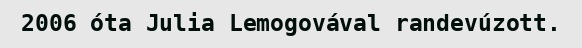
2006 óta Julia Lemogovával randevúzott.